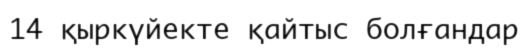
14 қыркүйекте қайтыс болғандар